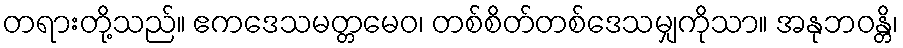
တရားတို့သည်။ ဧကဒေသမတ္တမေဝ၊ တစ်စိတ်တစ်ဒေသမျှကိုသာ။ အနုဘဝန္တိ၊